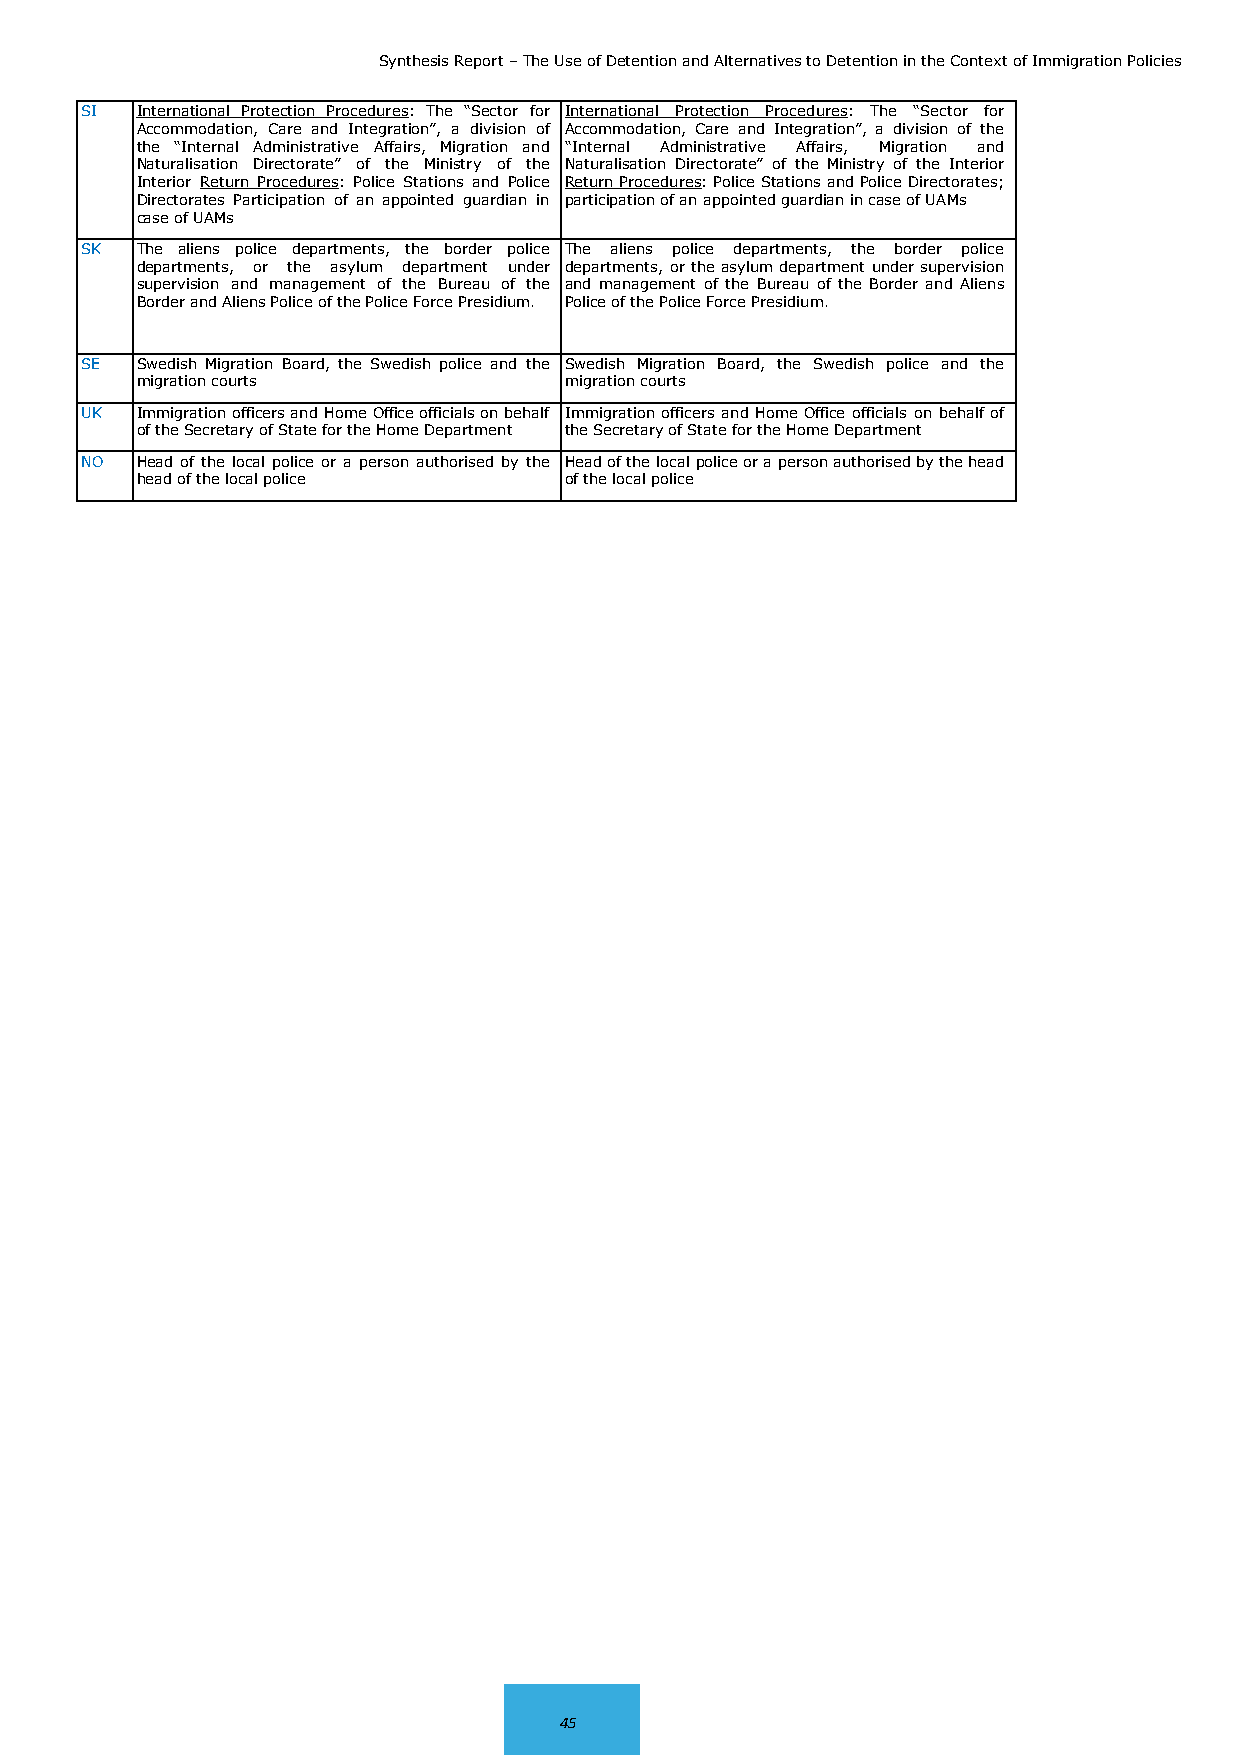
Synthesis Report – The Use of Detention and Alternatives to Detention in the Context of Immigration Policies
 SI  International Protection Procedures: The “Sector for International Protection Procedures: The “Sector for
 Accommodation, Care and Integration”, a division of Accommodation, Care and Integration”, a division of the
 the “Internal Administrative Affairs, Migration and “Internal Administrative Affairs, Migration and
 Naturalisation Directorate” of the Ministry of the Naturalisation Directorate” of the Ministry of the Interior
 Interior Return Procedures: Police Stations and Police Return Procedures: Police Stations and Police Directorates;
 Directorates Participation of an appointed guardian in participation of an appointed guardian in case of UAMs
 case of UAMs
 SK  The aliens police departments, the border police The aliens police departments, the border police
 departments, or the asylum department under departments, or the asylum department under supervision
 supervision and management of the Bureau of the and management of the Bureau of the Border and Aliens
 Border and Aliens Police of the Police Force Presidium. Police of the Police Force Presidium.
 SE  Swedish Migration Board, the Swedish police and the Swedish Migration Board, the Swedish police and the
 migration courts            migration courts
 UK  Immigration officers and Home Office officials on behalf Immigration officers and Home Office officials on behalf of
 of the Secretary of State for the Home Department the Secretary of State for the Home Department
 NO  Head of the local police or a person authorised by the Head of the local police or a person authorised by the head
 head of the local police    of the local police
 45
 45